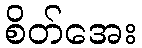
စိတ်အေး